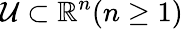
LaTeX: \mathcal{U}\subset\mathbb{R}^{n}(n\geq 1)